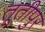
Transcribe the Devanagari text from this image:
तूतीपुर